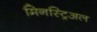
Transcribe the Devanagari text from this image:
मिनस्ट्रिअल